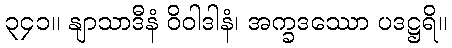
၃၄၁။ နျာသာဒီနံ ဝိဝါဒါနံ၊ အက္ခဒဿော ပဒဋ္ဌရိ။